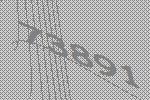
73891